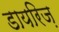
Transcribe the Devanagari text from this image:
डायरिज़